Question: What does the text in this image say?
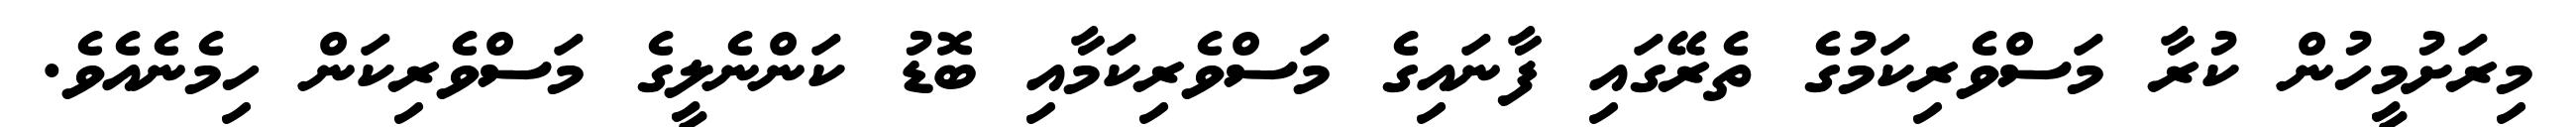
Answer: މިރަށުމީހުން ކުރާ މަސްވެރިކަމުގެ ތެރޭގައި ފާނައިގެ މަސްވެރިކަމާއި ބޮޑު ކަންނެލީގެ މަސްވެރިކަން ހިމެނެއެވެ.